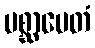
ပစ္ဆာပေတံ